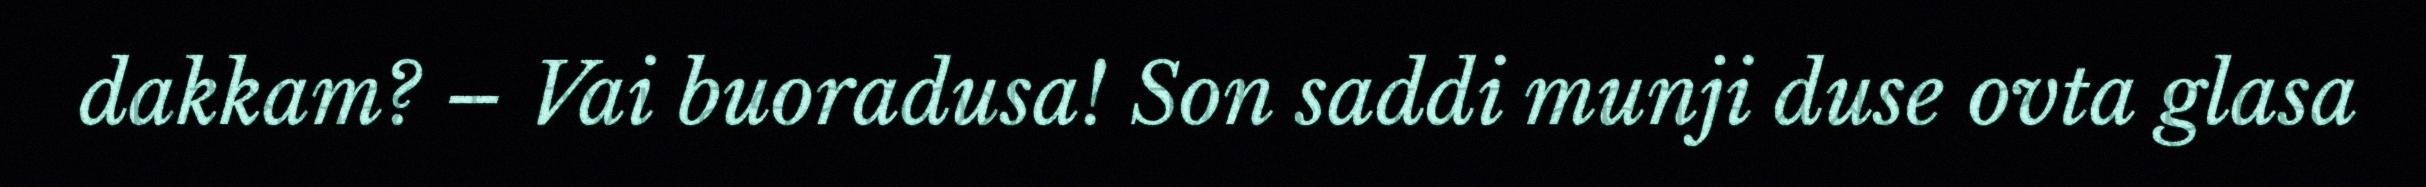
dakkam? – Vai buoradusa! Son saddi munji duse ovta glasa